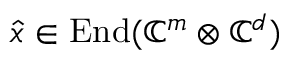
\hat { x } \in \operatorname { E n d } ( \mathbb { C } ^ { m } \otimes \mathbb { C } ^ { d } )